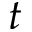
t